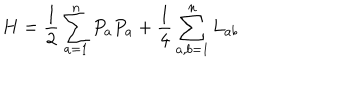
H = \frac { 1 } { 2 } \sum _ { a = 1 } ^ { n } P _ { a } P _ { a } + \frac { 1 } { 4 } \sum _ { a , b = 1 } ^ { n } L _ { a b }